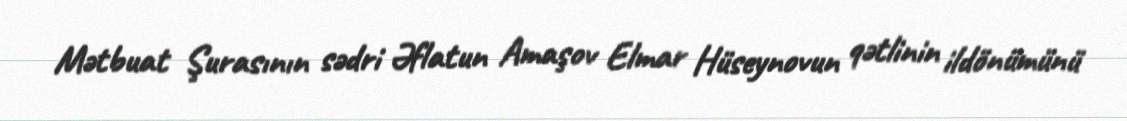
Mətbuat Şurasının sədri Əflatun Amaşov Elmar Hüseynovun qətlinin ildönümünü